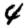
Digit: 4